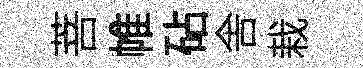
菩帷砧舎栽